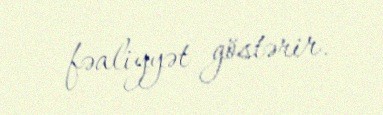
fəaliyyət göstərir.